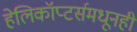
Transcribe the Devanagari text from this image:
हेलिकॉप्टर्समधूनही